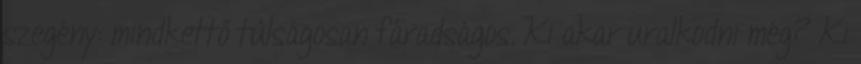
szegény: mindkettő túlságosan fáradságos. Ki akar uralkodni még? Ki